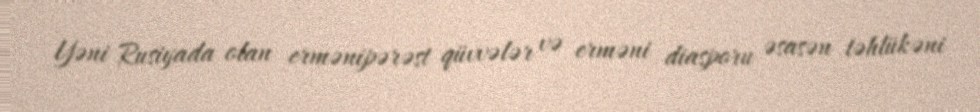
Yəni Rusiyada olan ermənipərəst qüvvələr və erməni diasporu əsasən təhlükəni